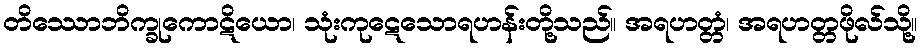
တိဿောဘိက္ခုကောဋိယော၊ သုံးကုဋေသောရဟန်းတို့သည်။ အရဟတ္တံ၊ အရဟတ္တဖိုလ်သို့။